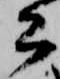
公